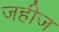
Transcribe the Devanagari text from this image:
जहीज